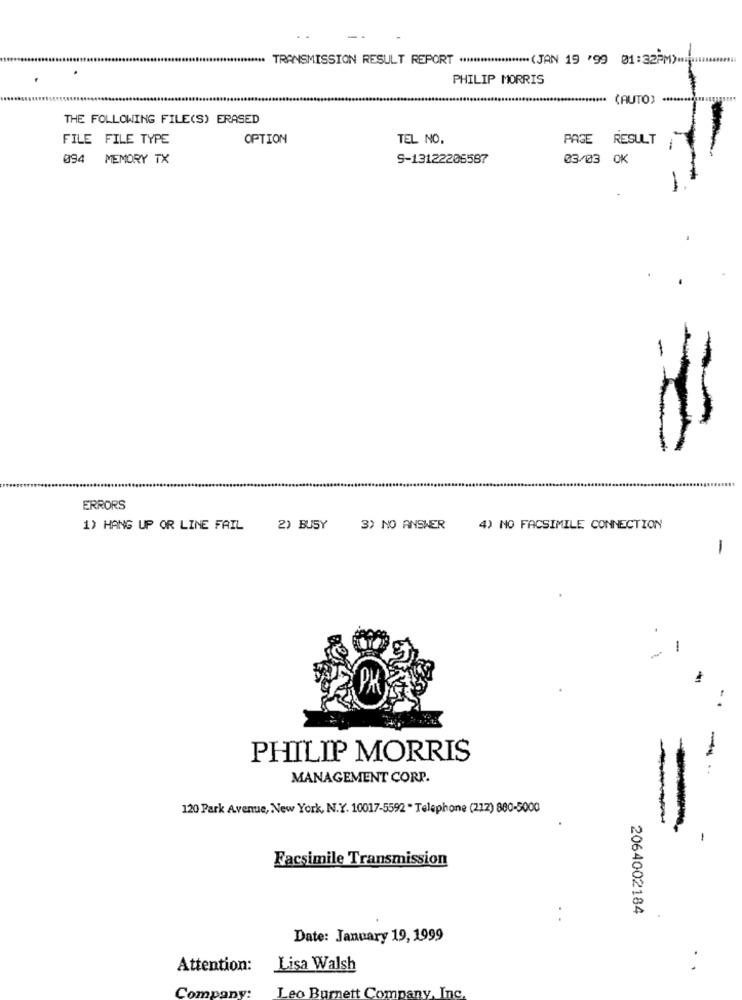
*** TRANSMISSION RESULT REPORT ******************** (JAN 19 '99 01:32PM) -.
.
PHILIP MORRIS
(AUTO) ***
THE FOLLOWING FILE(S) ERASED
FILE FILE TYPE
OPTION
TEL NO.
PAGE RESULT
094 MEMORY TX
9-13122206587
03/03 OK
-
ERRORS
1) HANG UP OR LINE FAIL
2) BUSY
3) NO ANSWER
4) NO FACSIMILE CONNECTION
1
--
PHILIP MORRIS
--
MANAGEMENT CORP.
120 Park Avenue, New York, N.Y. 10017-5592 " Telephone (212) 880-5000
-
Facsimile Transmission
2064002184
Date: January 19, 1999
Attention:
Lisa Walsh
Company:
Leo Burnett Company, Inc